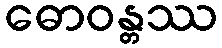
ဓောဝန္တဿ